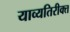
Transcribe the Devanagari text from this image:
याव्यतिरीक्त